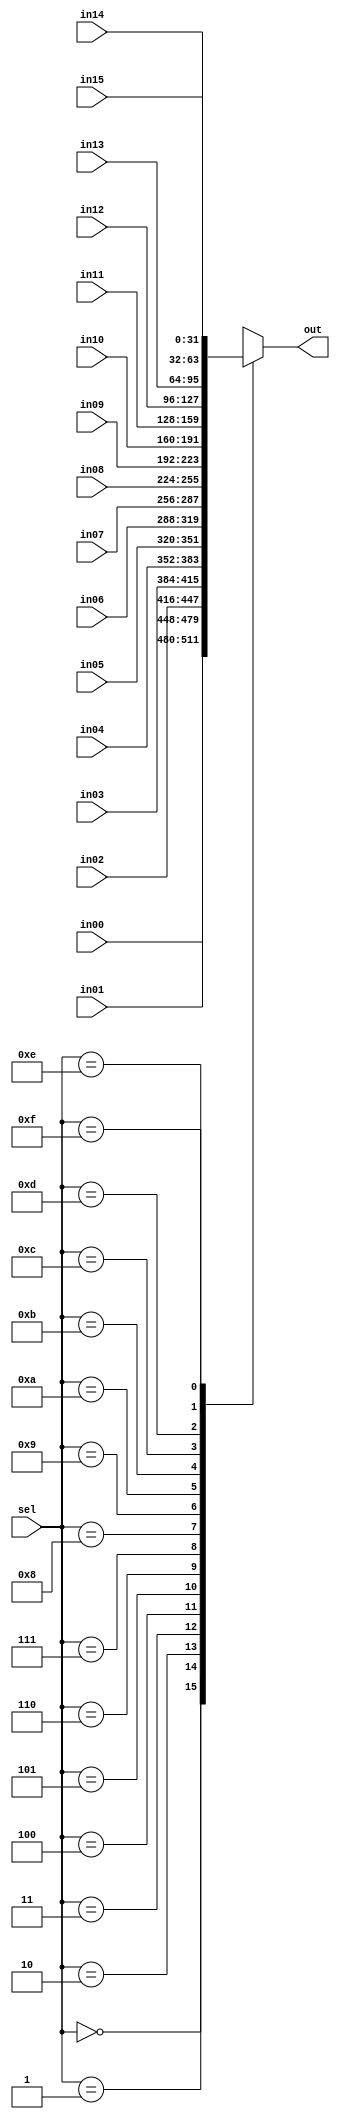
module mux16 #(parameter WIDTH=32) (
    input [3:0] sel,
    input [WIDTH-1:0] in00,in01,in02,in03,in04,in05,in06,in07,
    input [WIDTH-1:0] in08,in09,in10,in11,in12,in13,in14,in15,
    output reg [WIDTH-1:0] out
    );
always @ (*)
    case (sel)
    4'b0000: out = in00;
    4'b0001: out = in01;
    4'b0010: out = in02;
    4'b0011: out = in03;
    4'b0100: out = in04;
    4'b0101: out = in05;
    4'b0110: out = in06;
    4'b0111: out = in07;
    4'b1000: out = in08;
    4'b1001: out = in09;
    4'b1010: out = in10;
    4'b1011: out = in11;
    4'b1100: out = in12;
    4'b1101: out = in13;
    4'b1110: out = in14;
    4'b1111: out = in15;
    endcase
endmodule